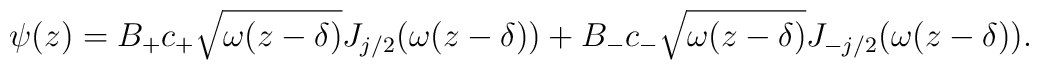
\psi(z) = B_+ c_+\sqrt{\omega (z-\delta)} J_{j/2} (\omega (z-\delta)) + B_- c_-\sqrt{\omega (z-\delta)} J_{-j/2}(\omega (z-\delta)).